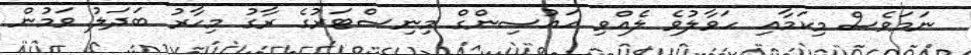
ނަމަވެސް މިކަމާއި ހަވާލުވެ ލެއްވި ހައުސިންގް މިނިސްޓަރުގެ ރާގު މިހާރު ބަދަލު ވަމުން